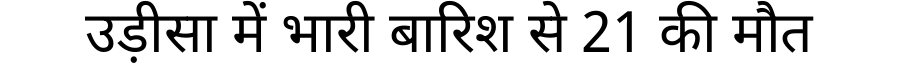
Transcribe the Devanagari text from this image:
उड़ीसा में भारी बारिश से 21 की मौत